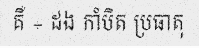
គឺ ÷ ដង កាំបិត ប្រធាតុ